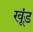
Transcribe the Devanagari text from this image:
खूंड़